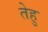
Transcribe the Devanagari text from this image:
तेहु